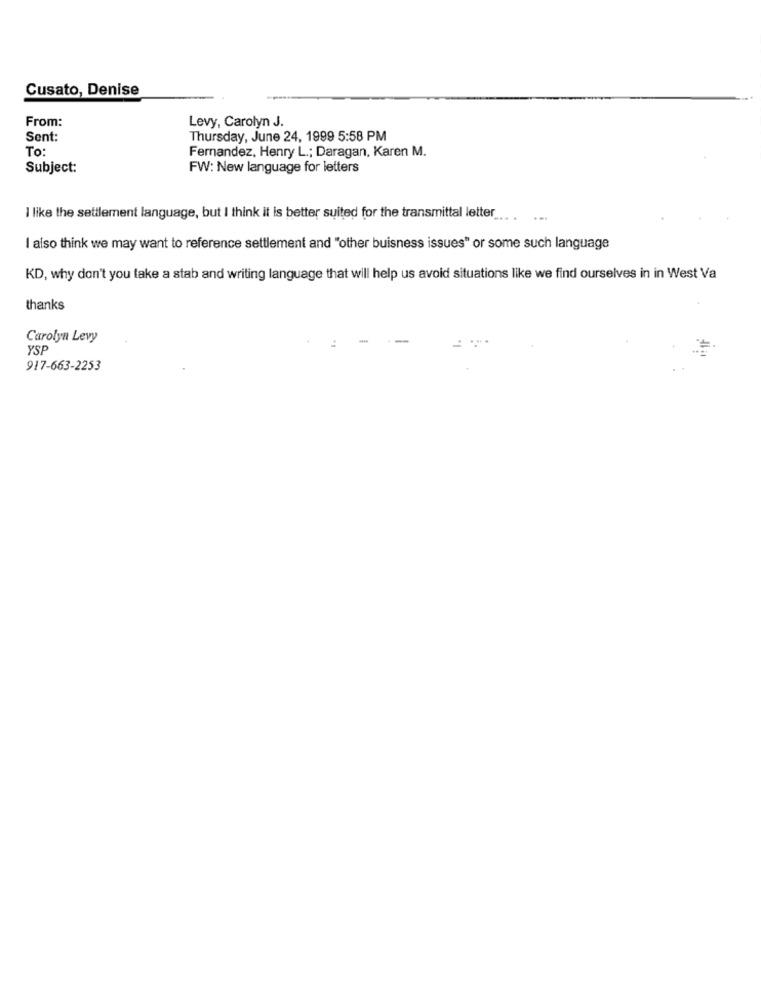
Cusato, Denise
From:
Levy, Carolyn J.
Sent:
Thursday, June 24, 1999 5:58 PM
To:
Fernandez, Henry L .; Daragan, Karen M.
Subject:
FW: New language for letters
I like the settlement language, but I think it is better suited for the transmittal letter
.......
I also think we may want to reference settlement and "other buisness issues" or some such language
KD, why don't you take a stab and writing language that will help us avoid situations like we find ourselves in in West Va
thanks
Carolyn Levy
YSP
917-663-2253